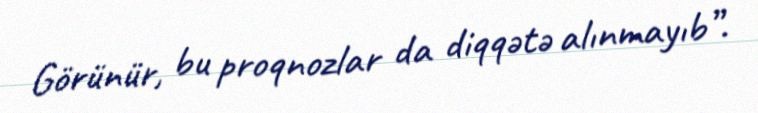
Görünür, bu proqnozlar da diqqətə alınmayıb”.